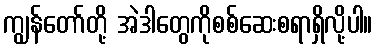
ကျွန်တော်တို့ အဲဒါတွေကိုစစ်ဆေးစရာရှိလို့ပါ။